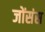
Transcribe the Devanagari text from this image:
जोंसंस